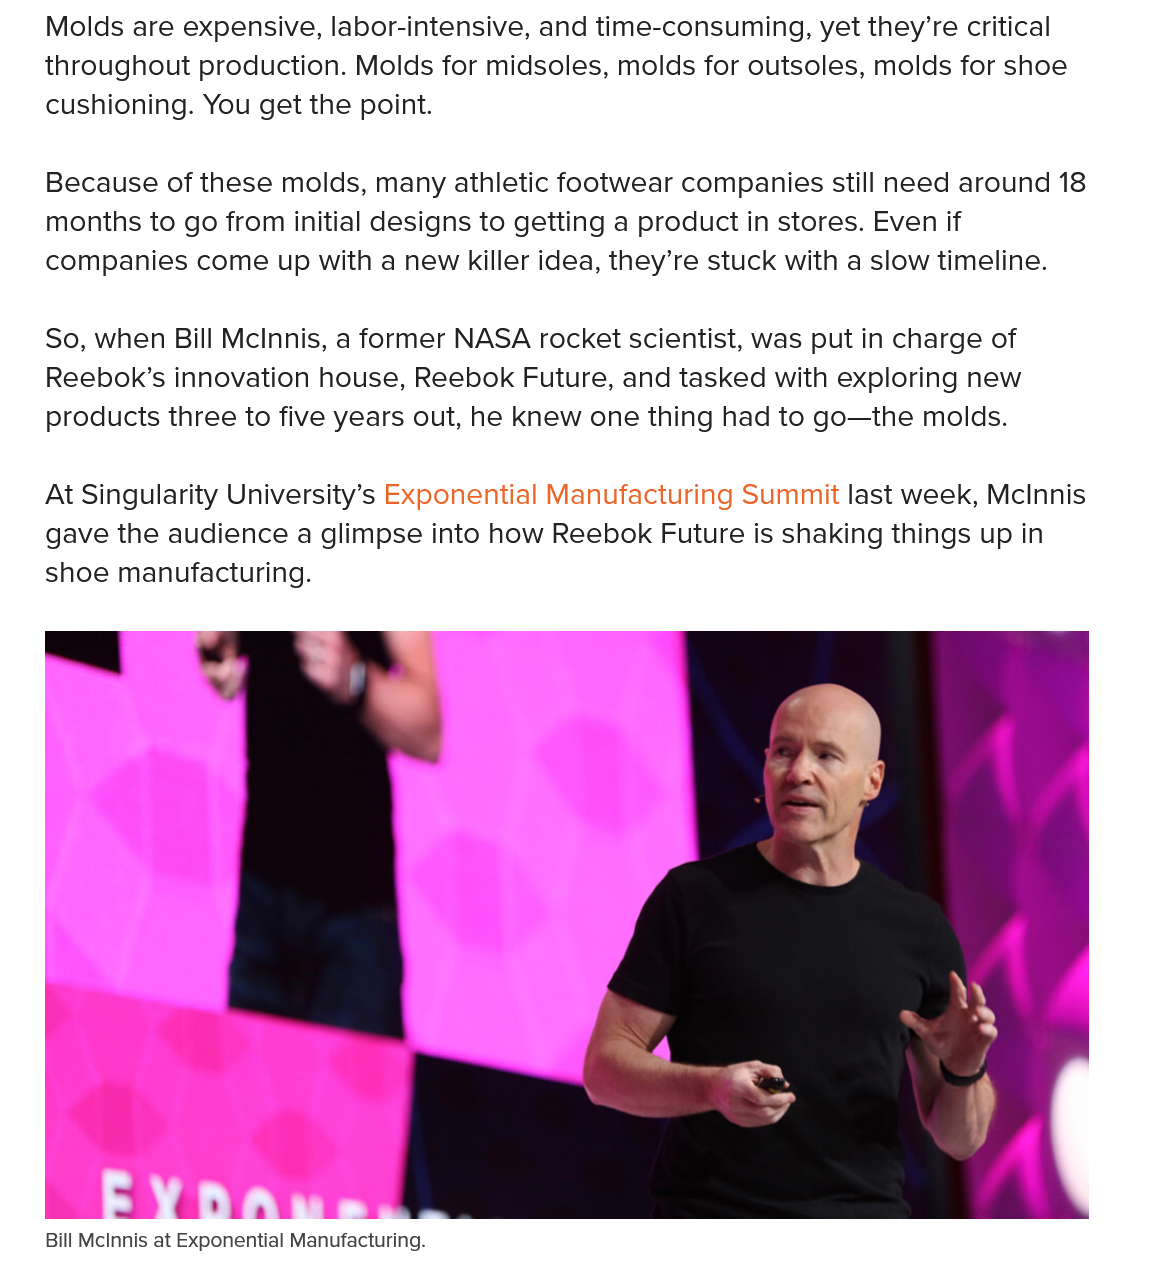
Bill McInnis at Exponential Manufacturing.
    Molds are expensive, labor-intensive, and time-consuming, yet they’re critical
    throughout production. Molds for midsoles, molds for outsoles, molds for shoe
    cushioning. You get the point.
    At Singularity University’s Exponential Manufacturing Summit last week, McInnis
    gave the audience a glimpse into how Reebok Future is shaking things up in
    shoe manufacturing.
    So, when Bill McInnis, a former NASA rocket scientist, was put in charge of
    Reebok’s innovation house, Reebok Future, and tasked with exploring new
    products three to five years out, he knew one thing had to go—the molds.
    Because of these molds, many athletic footwear companies still need around 18
    months to go from initial designs to getting a product in stores. Even if
    companies come up with a new killer idea, they’re stuck with a slow timeline.